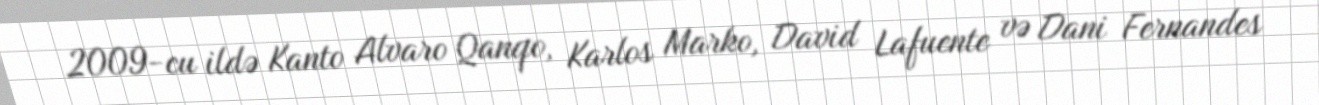
2009-cu ildə Kanto Alvaro Qanqo, Karlos Marko, David Lafuente və Dani Fernandes